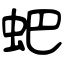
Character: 蚆